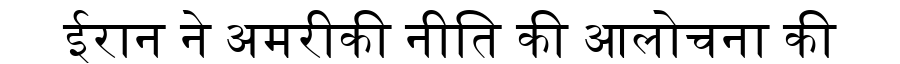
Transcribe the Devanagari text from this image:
ईरान ने अमरीकी नीति की आलोचना की